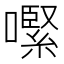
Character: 𡁵